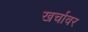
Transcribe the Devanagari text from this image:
खर्चावर